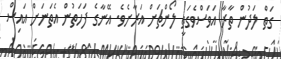
ގަތް ލަދުން ތާރާ އަވަސްވެގަތީ ލޯންޗަށް އަރާށެވެ. އޭނާގެ ފަހަތުން އެތަނަށް އައިސް